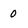
Character: 0